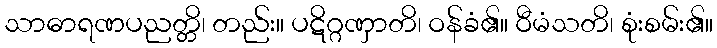
သာဓာရဏပညတ္တိ၊ တည်း။ ပဋိဂ္ဂဏှာတိ၊ ဝန်ခံ၏။ ဝီမံသတိ၊ စုံးစမ်း၏။